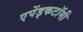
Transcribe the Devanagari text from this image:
एपेंड्कटॉमी